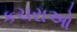
કચરાઓ